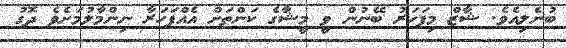
ބުނެލިއެވެ. ޝާޒް މިފަހަރު ބޭނުން ވީ މީޝާގެ ކަންތަށް އެއްފަހަރާ ނިންމާލުމަށެވެ ދޮގު